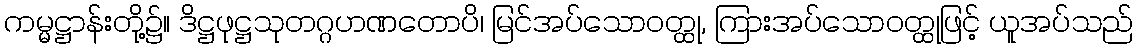
ကမ္မဋ္ဌာန်းတို့၌။ ဒိဋ္ဌဖုဋ္ဌသုတဂ္ဂဟဏတောပိ၊ မြင်အပ်သောဝတ္ထု, ကြားအပ်သောဝတ္ထုဖြင့် ယူအပ်သည်